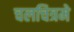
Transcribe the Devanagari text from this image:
चलचित्रमे